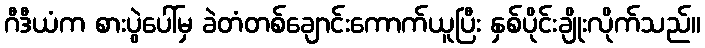
ဂီဒီယံက စားပွဲပေါ်မှ ခဲတံတစ်ချောင်းကောက်ယူပြီး နှစ်ပိုင်းချိုးလိုက်သည်။